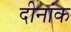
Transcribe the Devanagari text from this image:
दीनांक